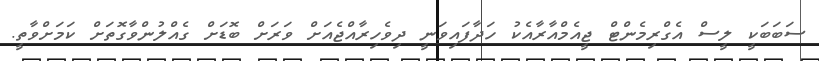
ސަބަބަކީ ލީސް އެގްރިމެންޓް ޖީއެމްއާރާއެކު ހަދާފައިވަނީ ދިވެހިރާއްޖެއަށް ވަރަށް ބޮޑަށް ގެއްލުންވާގޮތަށް ކަމަށްވާތީ.